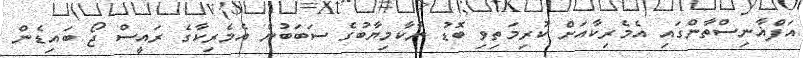
އަފްޣާނިސްތާންގައި އެމެރިކާއަށް ކުރިމަތިވި ބޮޑު ނާކާމިޔާބުގެ ސަބަބުން އެމެރިކާގެ ރައީސް ޖޯ ބައިޑެން